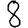
Digit: 8